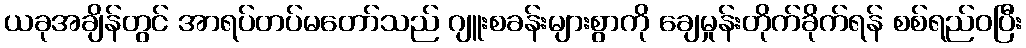
ယခုအချိန်တွင် အာရပ်တပ်မတော်သည် ဂျူးစခန်းများစွာကို ချေမှုန်းတိုက်ခိုက်ရန် စစ်ရည်ဝပြီး